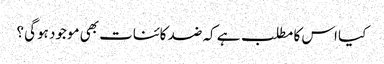
کیا اس کا مطلب ہے کہ ضد کائنات بھی موجود ہوگی ؟